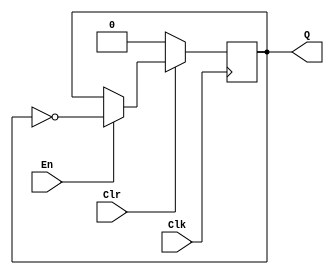
module T_FF(Q,En,Clk,Clr);
input En,Clk,Clr;
output Q;
reg Q;
always @(posedge Clk)
	if(~Clr)
	Q <= 1'b0;
else
	begin
		if(En)
		Q <= !Q;
	end
endmodule